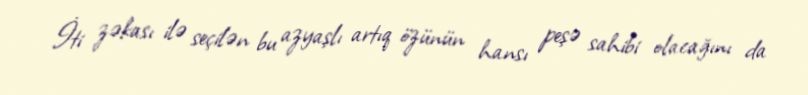
İti zəkası ilə seçilən bu azyaşlı artıq özünün hansı peşə sahibi olacağını da